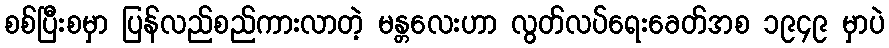
စစ်ပြီးစမှာ ပြန်လည်စည်ကားလာတဲ့ မန္တလေးဟာ လွတ်လပ်ရေးခေတ်အစ ၁၉၄၉ မှာပဲ